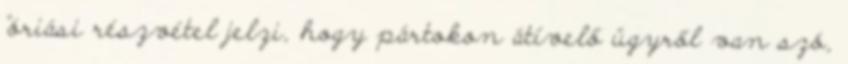
"óriási részvétel jelzi, hogy pártokon átívelő ügyről van szó,